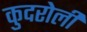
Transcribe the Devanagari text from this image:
कुदरोली